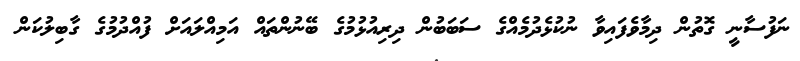
ނަފުސާނީ ގޮތުން ދިމާވެފައިވާ ނުކުޅެދުމެއްގެ ސަބަބުން ދިރިއުޅުމުގެ ބޭނުންތައް އަމިއްލައަށް ފުއްދުމުގެ ގާބިލުކަން